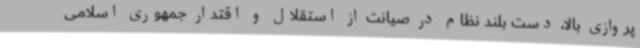
پروازی بالا، دست بلند نظام در صیانت از استقلال و اقتدار جمهوری اسلامی